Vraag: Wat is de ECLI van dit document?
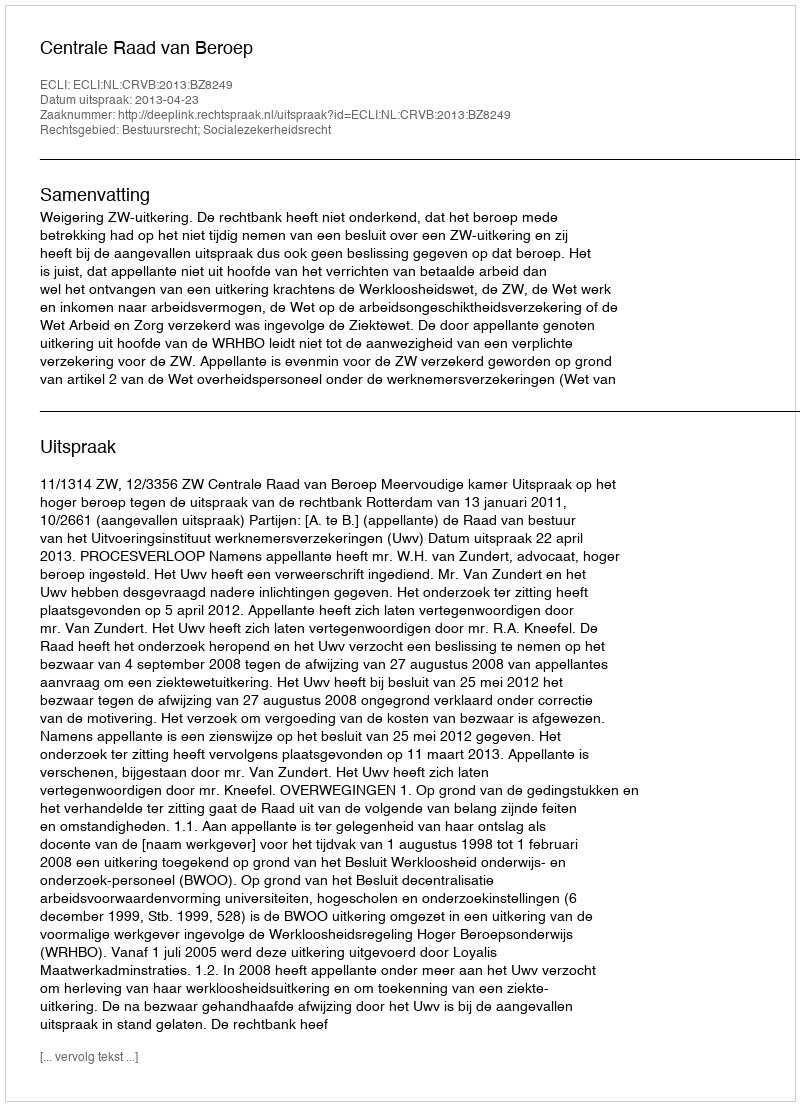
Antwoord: ECLI:NL:CRVB:2013:BZ8249